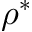
\rho ^ { * }